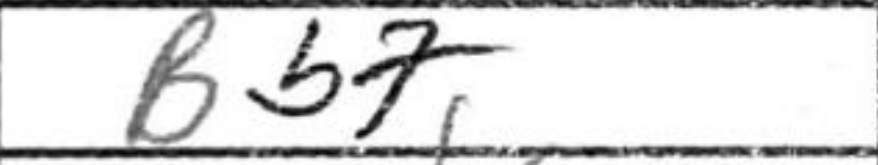
Transcription: Bb7